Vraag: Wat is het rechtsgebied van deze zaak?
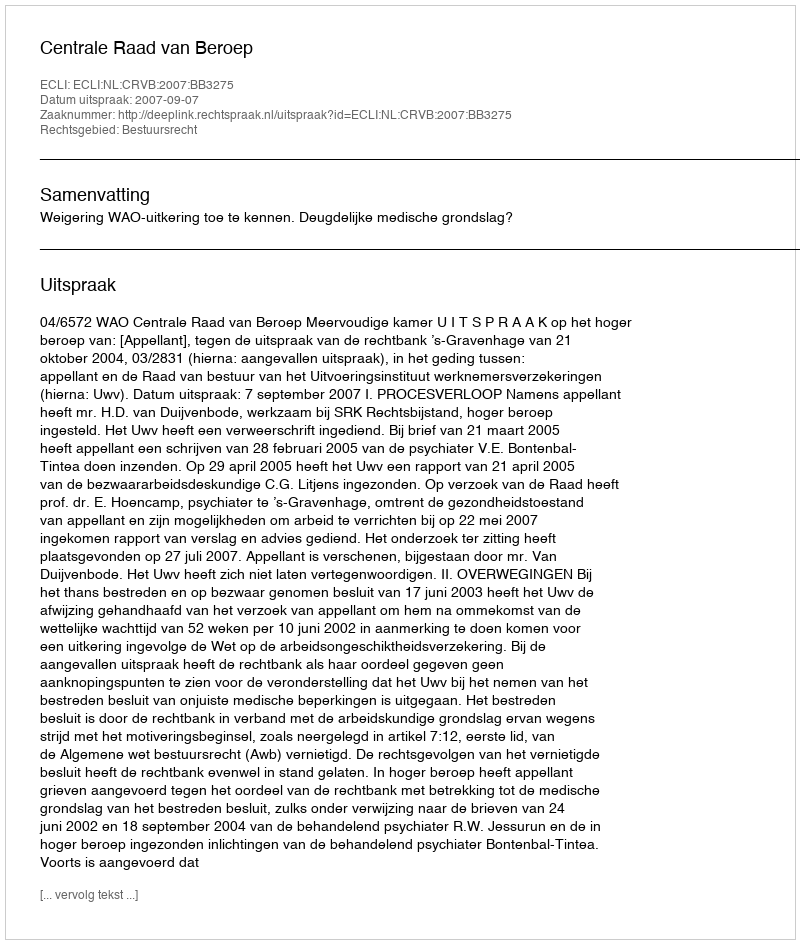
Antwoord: Bestuursrecht